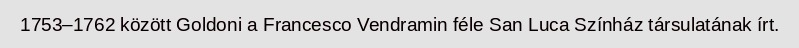
1753–1762 között Goldoni a Francesco Vendramin féle San Luca Színház társulatának írt.